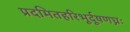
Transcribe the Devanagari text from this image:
प्रदमितहरिभूर्दूषणघ्नः